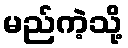
မည်ကဲ့သို့